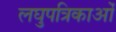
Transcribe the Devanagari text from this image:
लघुपत्रिकाओं